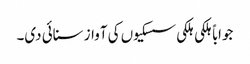
جواباً ہلکی ہلکی سسکیوں کی آواز سنائی دی۔